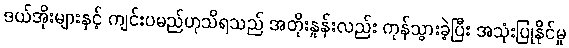
ဒယ်အိုးများနှင့် ကျင်းပမည်ဟုသိရသည် အတိုးနှုန်းလည်း ကုန်သွားခဲ့ပြီး အသုံးပြုနိုင်မှု